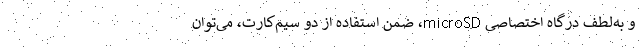
و به‌لطف درگاه اختصاصی microSD، ضمنِ استفاده از دو سیم‌کارت، می‌توان